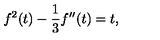
f ^ { 2 } ( t ) - { \frac { 1 } { 3 } } f ^ { \prime \prime } ( t ) = t ,